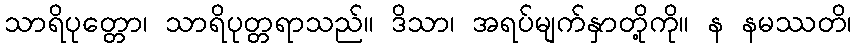
သာရိပုတ္တော၊ သာရိပုတ္တရာသည်။ ဒိသာ၊ အရပ်မျက်နှာတို့ကို။ န နမဿတိ၊